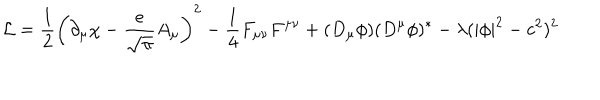
{ \cal L } = \frac { 1 } { 2 } \left( \partial _ { \mu } \chi - \frac { e } { \sqrt { \pi } } A _ { \mu } \right) ^ { 2 } - \frac { 1 } { 4 } F _ { \mu \nu } F ^ { \mu \nu } + ( D _ { \mu } \phi ) ( D ^ { \mu } \phi ) ^ { * } - \lambda ( | \phi | ^ { 2 } - c ^ { 2 } ) ^ { 2 }